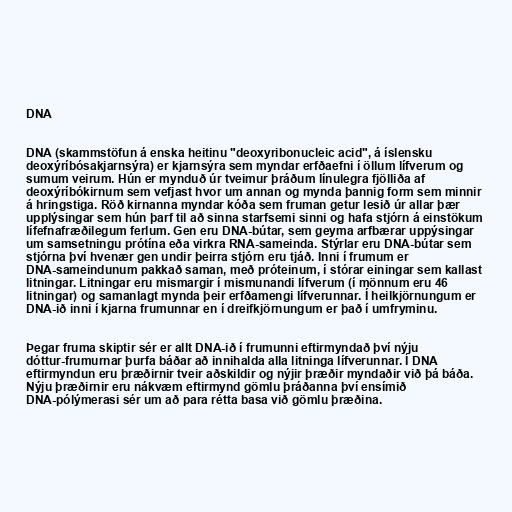
DNA

DNA (skammstöfun á enska heitinu "deoxyribonucleic acid", á íslensku
deoxýríbósakjarnsýra) er kjarnsýra sem myndar erfðaefni í öllum lífverum og
sumum veirum. Hún er mynduð úr tveimur þráðum línulegra fjölliða af
deoxýríbókirnum sem vefjast hvor um annan og mynda þannig form sem minnir
á hringstiga. Röð kirnanna myndar kóða sem fruman getur lesið úr allar þær
upplýsingar sem hún þarf til að sinna starfsemi sinni og hafa stjórn á einstökum
lífefnafræðilegum ferlum. Gen eru DNA-bútar, sem geyma arfbærar uppýsingar
um samsetningu prótína eða virkra RNA-sameinda. Stýrlar eru DNA-bútar sem
stjórna því hvenær gen undir þeirra stjórn eru tjáð. Inni í frumum er
DNA-sameindunum pakkað saman, með próteinum, í stórar einingar sem kallast
litningar. Litningar eru mismargir í mismunandi lífverum (í mönnum eru 46
litningar) og samanlagt mynda þeir erfðamengi lífverunnar. Í heilkjörnungum er
DNA-ið inni í kjarna frumunnar en í dreifkjörnungum er það í umfryminu.

Þegar fruma skiptir sér er allt DNA-ið í frumunni eftirmyndað því nýju
dóttur-frumurnar þurfa báðar að innihalda alla litninga lífverunnar. Í DNA
eftirmyndun eru þræðirnir tveir aðskildir og nýjir þræðir myndaðir við þá báða.
Nýju þræðirnir eru nákvæm eftirmynd gömlu þráðanna því ensímið
DNA-pólýmerasi sér um að para rétta basa við gömlu þræðina.